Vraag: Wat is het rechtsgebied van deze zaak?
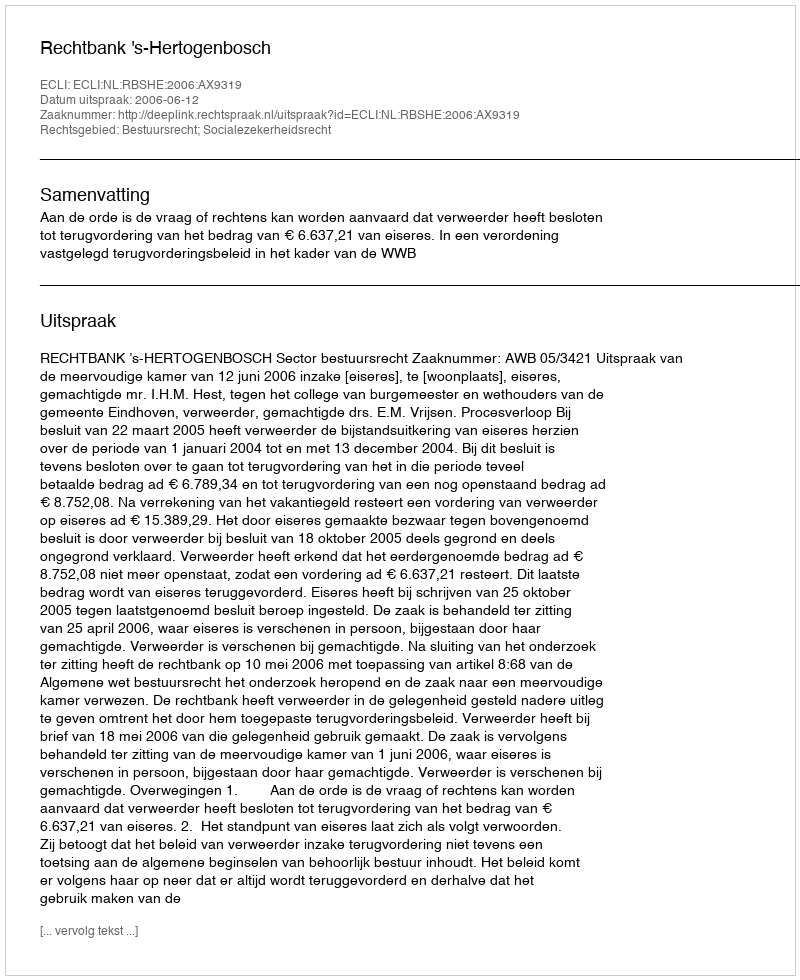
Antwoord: Bestuursrecht; Socialezekerheidsrecht